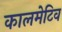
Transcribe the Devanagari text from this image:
कालमेटिव